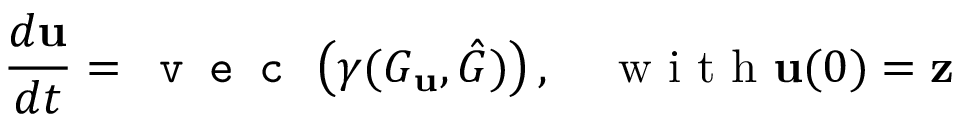
\frac { d \mathbf { u } } { d t } = \texttt { v e c } \left( \gamma ( G _ { \mathbf { u } } , \hat { G } ) \right) , \quad \mathrm { ~ w ~ i ~ t ~ h ~ } \mathbf { u } ( 0 ) = \mathbf { z }